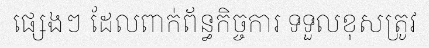
ផ្សេងៗ ដែលពាក់ព័ន្ធកិច្ចការ ទទួលខុសត្រូវ